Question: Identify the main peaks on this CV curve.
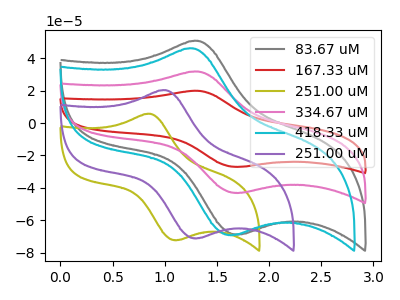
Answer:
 <answer>The gray curve "83.67 uM" has an anodic peak at (1.30V, 50.80uA) and a cathodic peak at (1.70V, -68.75uA). The red curve "167.33 uM" has an anodic peak at (1.30V, 63.70uA) and a cathodic peak at (1.70V, -86.15uA). The olive curve "251.00 uM" has an anodic peak at (0.85V, 5.75uA) and a cathodic peak at (1.10V, -72.25uA). The pink curve "334.67 uM" has an anodic peak at (1.30V, 31.85uA) and a cathodic peak at (1.70V, -43.05uA). The cyan curve "418.33 uM" has an anodic peak at (1.25V, 46.15uA) and a cathodic peak at (1.65V, -69.10uA). The purple curve "251.00 uM" has an anodic peak at (1.00V, 20.30uA) and a cathodic peak at (1.30V, -71.15uA).</answer>
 <eval></eval>